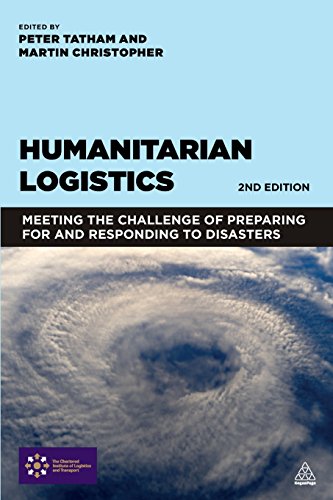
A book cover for Humanitarian Logistics: Meeting the Challenge of Preparing for and Responding to Disasters; Business & Money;